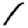
Digit: 1